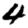
Digit: 4